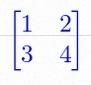
\begin{bmatrix}1&2\\3&4\end{bmatrix}